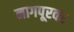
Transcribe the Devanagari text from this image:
नागपूरवर